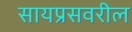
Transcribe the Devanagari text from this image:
सायप्रसवरील